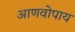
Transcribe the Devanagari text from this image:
आणवोपाय